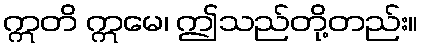
ဣတိ ဣမေ၊ ဤသည်တို့တည်း။